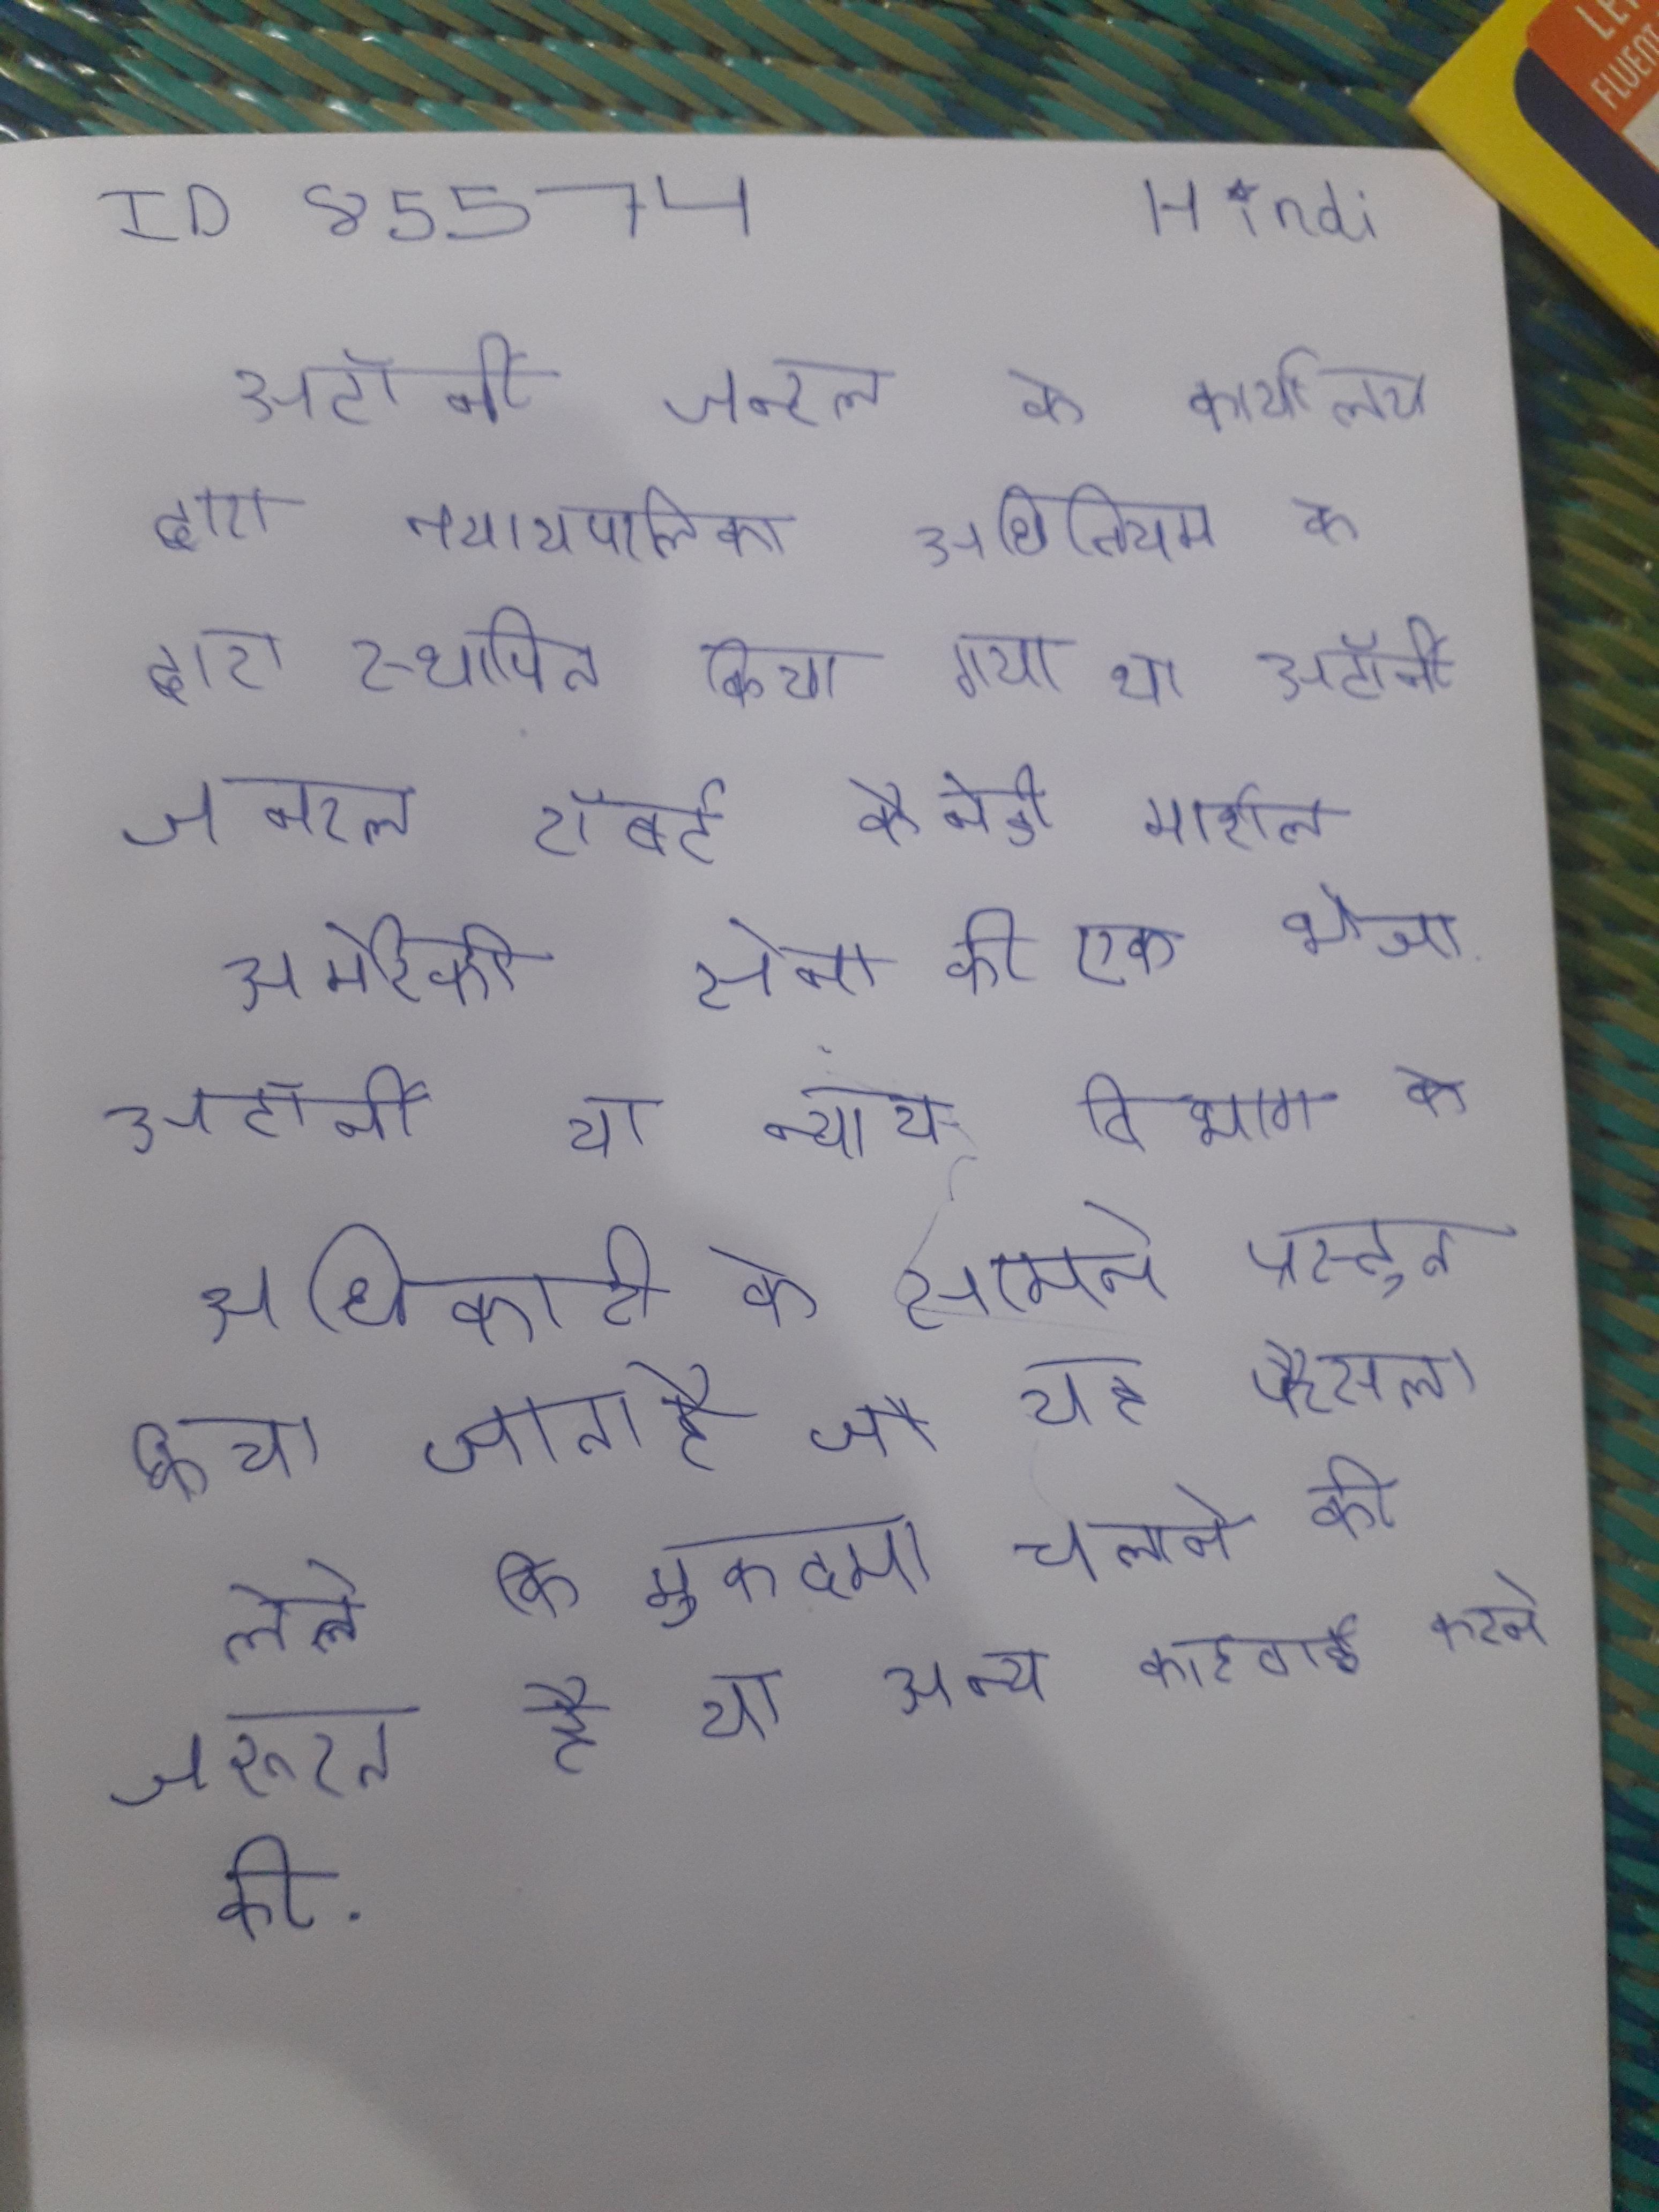
अटॉर्नी जनरल के कार्यालय द्वारा न्यायपालिका अधिनियम के द्वारा स्थापित किया गया था । अटॉर्नी जनरल रॉबर्ट कैनेडी मार्शल अमेरिकी सेना की एक भेजा . अटॉर्नी या न्याय विभाग के अधिकारी के सामने प्रस्तुत किया जाता है जो यह फैसला लेते कि मुकदमा चलाने की जरूरत है या अन्य कार्रवाई करने की .